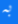
به